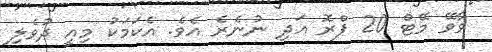
ވާވޭ މޭޓް 20 ޕްރޮ އަދި ނުނެރެ އެވެ. އެކަމަކު މިއީ ދުވެލި